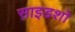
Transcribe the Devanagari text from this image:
साइडशो